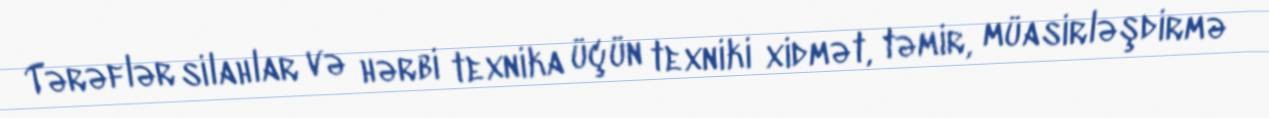
Tərəflər silahlar və hərbi texnika üçün texniki xidmət, təmir, müasirləşdirmə